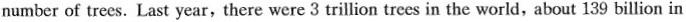
number of trees. Last year,there were 3 trillion trees in the world,about 139 billion in